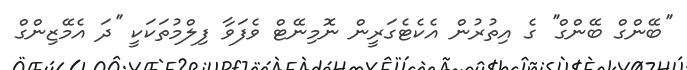
''ބޭންގް ބޭންގް'' ގެ އިތުރުން އެކެޓެގަރީން ނޮމިނޭޓް ވެފަވާ ފިލްމުތަކަކީ ''ދަ އެމޭޒިންގް